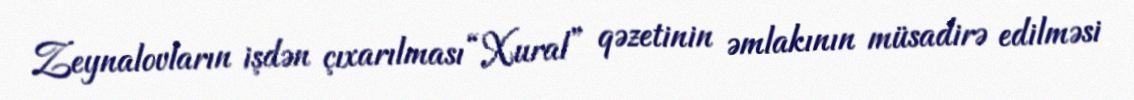
Zeynalovların işdən çıxarılması “Xural” qəzetinin əmlakının müsadirə edilməsi